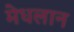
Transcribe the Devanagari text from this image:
मेधलान